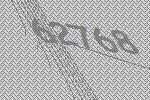
62768